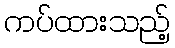
ကပ်ထားသည့်